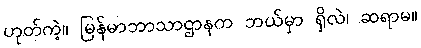
ဟုတ်ကဲ့။ မြန်မာဘာသာဌာနက ဘယ်မှာ ရှိလဲ၊ ဆရာမ။